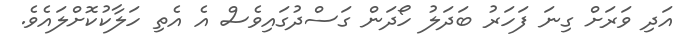
އަދި ވަރަށް ގިނަ ފަހަރު ބަދަލު ހޯދަން ގަސްދުގައިވެސް އެ އެތި ހަލާކުކޮށްލައެވެ.